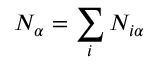
N _ { \alpha } = \sum _ { i } N _ { i \alpha }